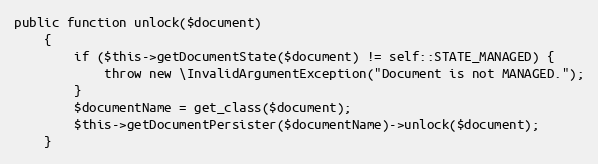
Language: PHP
public function unlock($document)
    {
        if ($this->getDocumentState($document) != self::STATE_MANAGED) {
            throw new \InvalidArgumentException("Document is not MANAGED.");
        }
        $documentName = get_class($document);
        $this->getDocumentPersister($documentName)->unlock($document);
    }